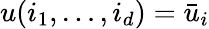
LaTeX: u(i_{1},\ldots,i_{d})=\bar{u}_{i}